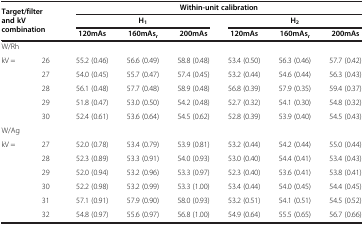
<table><thead><tr><td rowspan="3" colspan="2"><b>Target/filter and kV combination</b></td><td colspan="6"><b>Within-unit calibration</b></td></tr><tr><td colspan="3"><b>H<sub>1</sub></b></td><td colspan="3"><b>H<sub>2</sub></b></td></tr><tr><td><b>120mAs</b></td><td><b>160mAs<sub>r</sub></b></td><td><b>200mAs</b></td><td><b>120mAs</b></td><td><b>160mAs<sub>r</sub></b></td><td><b>200mAs</b></td></tr></thead><tbody><tr><td colspan="2">W/Rh</td><td> </td><td> </td><td> </td><td> </td><td> </td><td> </td></tr><tr><td>kV =</td><td>26</td><td>55.2 (0.46)</td><td>56.6 (0.49)</td><td>58.8 (0.48)</td><td>53.4 (0.50)</td><td>56.3 (0.46)</td><td>57.7 (0.42)</td></tr><tr><td> </td><td>27</td><td>54.0 (0.45)</td><td>55.7 (0.47)</td><td>57.4 (0.45)</td><td>53.2 (0.44)</td><td>54.6 (0.44)</td><td>56.3 (0.43)</td></tr><tr><td> </td><td>28</td><td>56.1 (0.48)</td><td>57.7 (0.48)</td><td>58.9 (0.48)</td><td>56.8 (0.39)</td><td>57.9 (0.35)</td><td>59.4 (0.37)</td></tr><tr><td> </td><td>29</td><td>51.8 (0.47)</td><td>53.0 (0.50)</td><td>54.2 (0.48)</td><td>52.7 (0.32)</td><td>54.1 (0.30)</td><td>54.8 (0.32)</td></tr><tr><td> </td><td>30</td><td>52.4 (0.61)</td><td>53.6 (0.64)</td><td>54.5 (0.62)</td><td>52.8 (0.39)</td><td>53.9 (0.40)</td><td>54.5 (0.43)</td></tr><tr><td colspan="2">W/Ag</td><td> </td><td> </td><td> </td><td> </td><td> </td><td> </td></tr><tr><td>kV =</td><td>27</td><td>52.0 (0.78)</td><td>53.4 (0.79)</td><td>53.9 (0.81)</td><td>53.2 (0.44)</td><td>54.2 (0.44)</td><td>55.0 (0.44)</td></tr><tr><td> </td><td>28</td><td>52.3 (0.89)</td><td>53.3 (0.91)</td><td>54.0 (0.93)</td><td>53.0 (0.40)</td><td>54.4 (0.41)</td><td>53.4 (0.43)</td></tr><tr><td> </td><td>29</td><td>52.0 (0.94)</td><td>53.2 (0.96)</td><td>53.3 (0.97)</td><td>52.3 (0.40)</td><td>53.6 (0.41)</td><td>53.8 (0.41)</td></tr><tr><td> </td><td>30</td><td>52.2 (0.98)</td><td>53.2 (0.99)</td><td>53.3 (1.00)</td><td>53.4 (0.44)</td><td>54.0 (0.45)</td><td>54.4 (0.45)</td></tr><tr><td> </td><td>31</td><td>57.1 (0.91)</td><td>57.9 (0.90)</td><td>58.0 (0.93)</td><td>53.2 (0.51)</td><td>54.1 (0.51)</td><td>54.5 (0.52)</td></tr><tr><td> </td><td>32</td><td>54.8 (0.97)</td><td>55.6 (0.97)</td><td>56.8 (1.00)</td><td>54.9 (0.64)</td><td>55.5 (0.65)</td><td>56.7 (0.66)</td></tr></tbody></table>